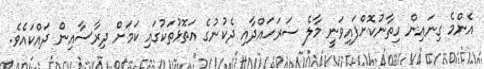
އެންމެ ގިނައިން ހިތާނުކޮށްފައިވަނީ މާލެ ސަރަހައްދާއި ދެކުނުގެ އަތޮޅުތަކުގައި ކަމަށް ދިރާސާއިން ދައްކައެވެ.